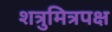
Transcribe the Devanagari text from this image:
शत्रुमित्रपक्ष